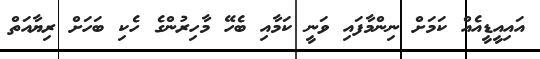
އައިއީޑީއެއް ކަމަށް ނިންމާފައި ވަނީ ކަމާއި ބެހޭ މާހިރުންގެ ހެކި ބަހަށް ރިޔާއަތް